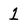
Character: 1